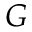
G